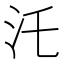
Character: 汑